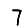
Digit: 7